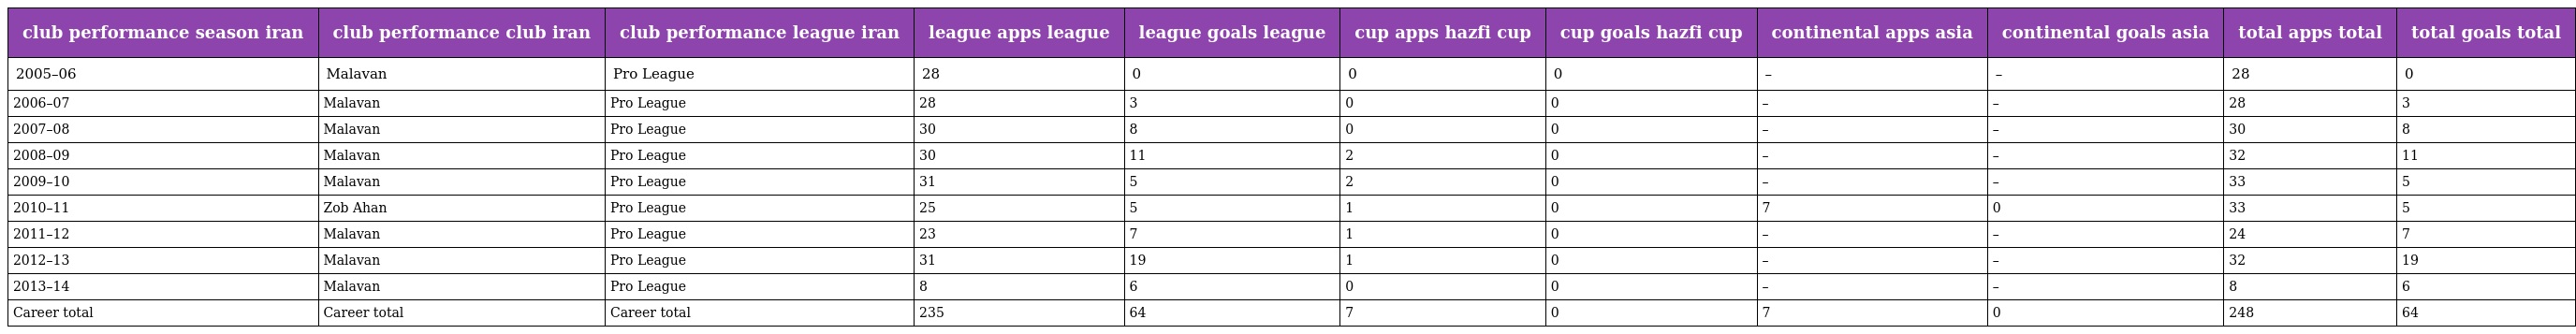
| club performance season iran | club performance club iran | club performance league iran | league apps league | league goals league | cup apps hazfi cup | cup goals hazfi cup | continental apps asia | continental goals asia | total apps total | total goals total |
 | --- | --- | --- | --- | --- | --- | --- | --- | --- | --- | --- |
 | 2005–06 | Malavan | Pro League | 28 | 0 | 0 | 0 | – | – | 28 | 0 |
 | 2006–07 | Malavan | Pro League | 28 | 3 | 0 | 0 | – | – | 28 | 3 |
 | 2007–08 | Malavan | Pro League | 30 | 8 | 0 | 0 | – | – | 30 | 8 |
 | 2008–09 | Malavan | Pro League | 30 | 11 | 2 | 0 | – | – | 32 | 11 |
 | 2009–10 | Malavan | Pro League | 31 | 5 | 2 | 0 | – | – | 33 | 5 |
 | 2010–11 | Zob Ahan | Pro League | 25 | 5 | 1 | 0 | 7 | 0 | 33 | 5 |
 | 2011–12 | Malavan | Pro League | 23 | 7 | 1 | 0 | – | – | 24 | 7 |
 | 2012–13 | Malavan | Pro League | 31 | 19 | 1 | 0 | – | – | 32 | 19 |
 | 2013–14 | Malavan | Pro League | 8 | 6 | 0 | 0 | – | – | 8 | 6 |
 | Career total | Career total | Career total | 235 | 64 | 7 | 0 | 7 | 0 | 248 | 64 |